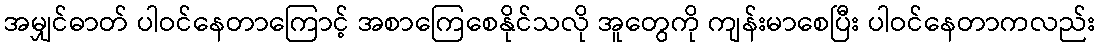
အမျှင်ဓာတ် ပါဝင်နေတာကြောင့် အစာကြေစေနိုင်သလို အူတွေကို ကျန်းမာစေပြီး ပါဝင်နေတာကလည်း